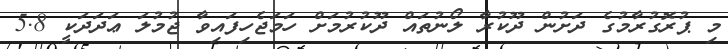
މި ޕުރޮގުރާމުގެ ދަށުން ދޫކުރާ ލޯނުތައް ދޫކުރުމަށް ހަމަޖެހިފައިވާ ޖުމުލަ ޢަދަދަކީ 5.8